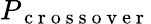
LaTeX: P_{\mathrm{~c~r~o~s~s~o~v~e~r~}}